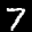
Label: 7